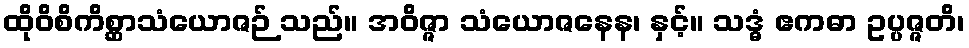
ထိုဝိစိကိစ္ဆာသံယောဇဉ် သည်။ အဝိဇ္ဇာ သံယောဇနေန၊ နှင့်။ သဒ္ဓံ ဧကဓာ ဥပ္ပဇ္ဇတိ၊